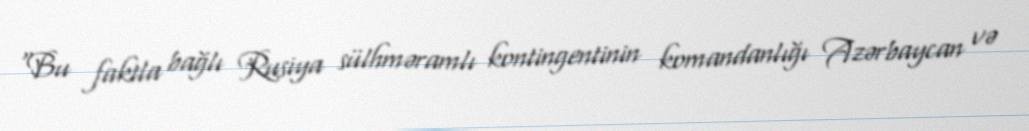
“Bu faktla bağlı Rusiya sülhməramlı kontingentinin komandanlığı Azərbaycan və